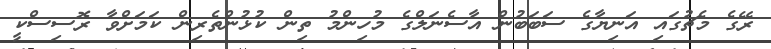
ރޭގެ މެޗުގައި އަނިޔާގެ ސަބަބުން އާސެނަލްގެ މުހިންމު ތިން ކުޅުންތެރިން ކަމަށްވާ ރޮސިސްކީ